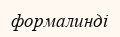
формалинді